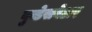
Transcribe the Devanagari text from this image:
बुन्डेसवेअर